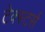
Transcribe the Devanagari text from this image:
टेक्स्टर्स